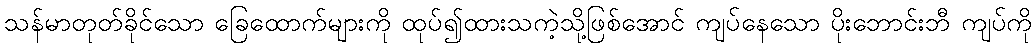
သန်မာတုတ်ခိုင်သော ခြေထောက်များကို ထုပ်၍ထားသကဲ့သို့ဖြစ်အောင် ကျပ်နေသော ပိုးဘောင်းဘီ ကျပ်ကို